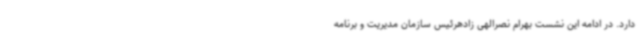
دارد. در ادامه این نشست بهرام نصرالهی زادهرئیس سازمان مدیریت و برنامه